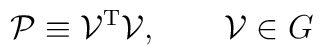
{\cal{P}} \equiv {\cal{V}}^{\rm T} {\cal{V}} , \qquad {\cal{V}} \in G